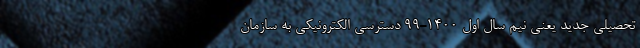
تحصیلی جدید یعنی نیم سال اول ۱۴۰۰-۹۹ دسترسی الکترونیکی به سازمان